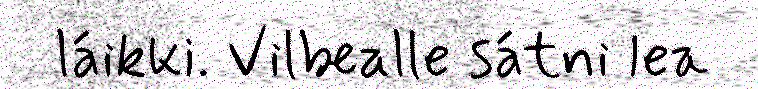
láikki. Vilbealle sátni lea